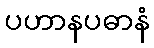
ပဟာနပဓာနံ